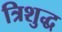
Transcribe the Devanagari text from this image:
त्रिशुद्ध